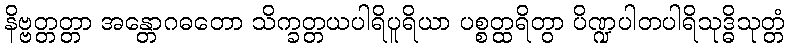
နိဗ္ဗတ္တတ္တာ အန္တောဂဓတော သိက္ခတ္တယပါရိပူရိယာ ပစ္စတ္ထရိတွာ ပိဏ္ဍပါတပါရိသုဒ္ဓိသုတ္တံ